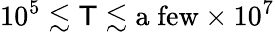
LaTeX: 10^{5}\lesssim\mathsf{T}\lesssim\mathrm{{a\; few}}\times10^{7}